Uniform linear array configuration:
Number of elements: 48
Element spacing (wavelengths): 0.25
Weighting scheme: exponential
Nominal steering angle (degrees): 0
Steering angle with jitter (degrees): -1.255
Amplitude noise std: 0.05
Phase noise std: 0.05

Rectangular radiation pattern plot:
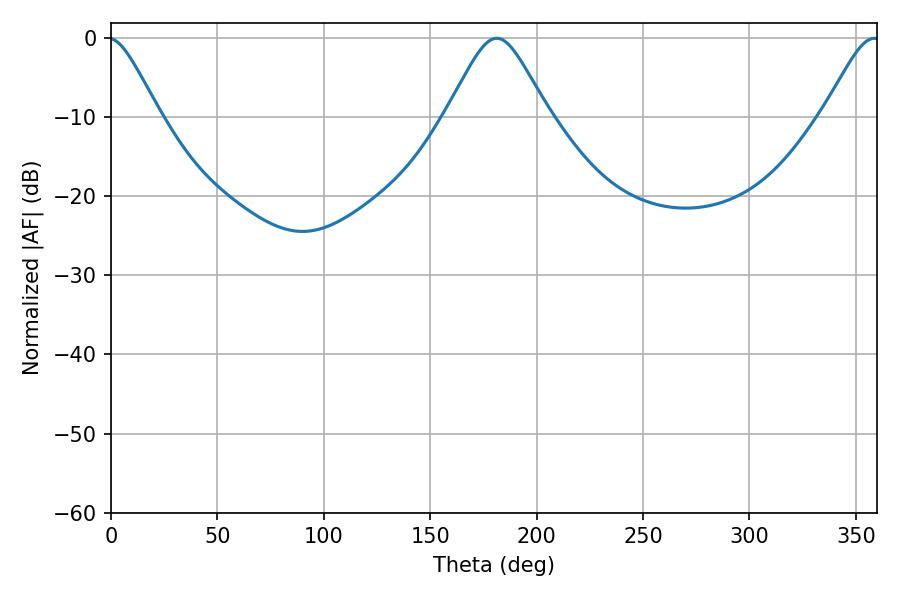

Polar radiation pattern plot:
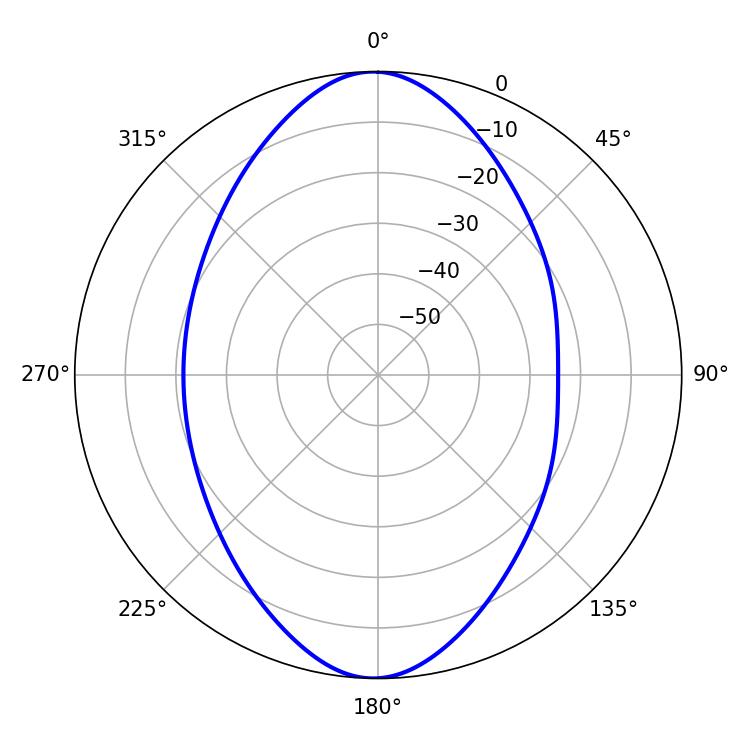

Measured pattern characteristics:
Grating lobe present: FALSE
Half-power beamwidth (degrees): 23.22
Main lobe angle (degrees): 181.26